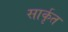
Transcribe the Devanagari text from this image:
सार्कृत